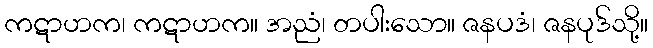
ကဋာဟက၊ ကဋာဟက။ အညံ၊ တပါးသော။ ဇနပဒံ၊ ဇနပုဒ်သို့။